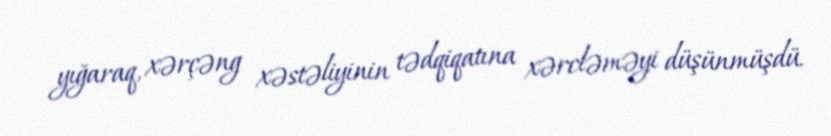
yığaraq, xərçəng xəstəliyinin tədqiqatına xərcləməyi düşünmüşdü.